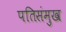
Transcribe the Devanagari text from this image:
पतिसंमुख